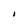
Character: I